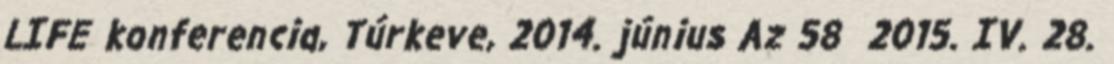
LIFE konferencia, Túrkeve, 2014. június Az 58 2015. IV. 28.